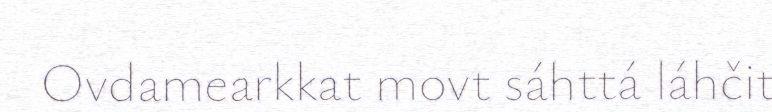
Ovdamearkkat movt sáhttá láhčit